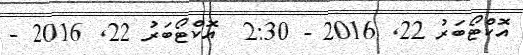
އޮކްޓޯބަރު 22